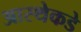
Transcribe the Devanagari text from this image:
आस्थेकडे